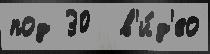
под 30  в'и́д'ео